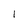
Character: 1